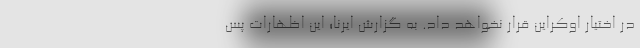
در اختیار اوکراین قرار نخواهد داد. به گزارش ایرنا؛ این اظهارات پس